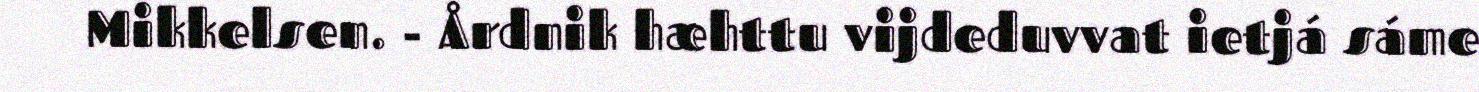
Mikkelsen. - Årdnik hæhttu vijdeduvvat ietjá sáme